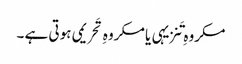
مکروہِ تَنزیہی یا مکروہِ تَحریمی ہوتی ہے ۔